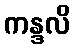
ကန္ဒလိ